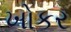
ખોકર